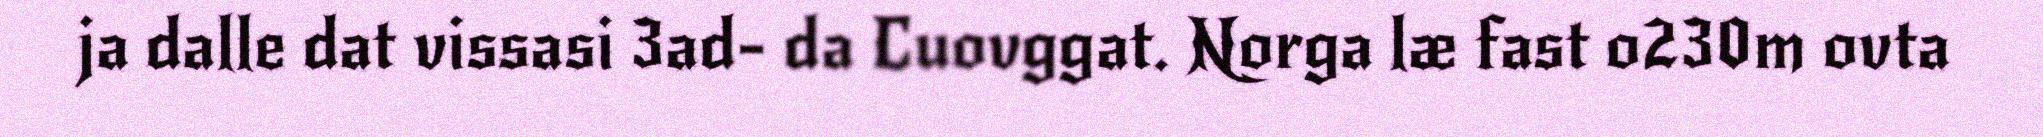
ja dalle dat vissasi 3ad- da Cuovggat. Norga læ fast o230m ovta